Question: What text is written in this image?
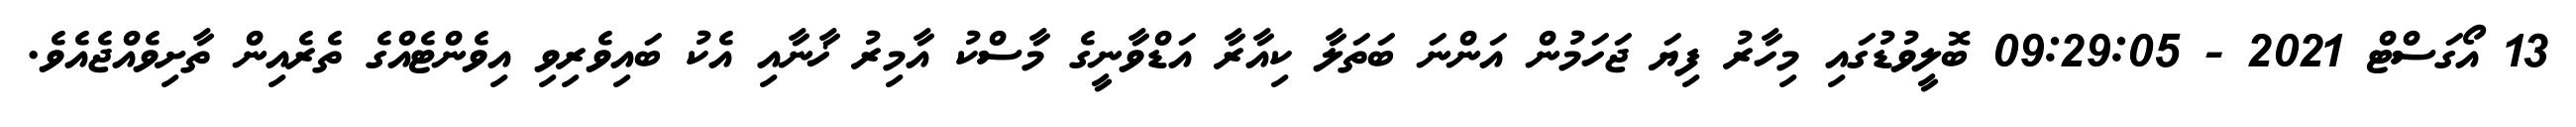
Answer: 13 އޯގަސްޓް 2021 - 09:29:05 ބޮލީވުޑުގައި މިހާރު ފިޔަ ޖަހަމުން އަންނަ ބަތަލާ ކިއާރާ އަޑްވާނީގެ މާސްކު އާމިރު ޚާނާއި އެކު ބައިވެރިވި އިވެންޓެއްގެ ތެރެއިން ތާށިވެއްޖެއެވެ.